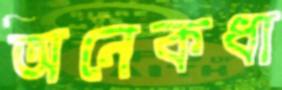
অনেকধা